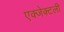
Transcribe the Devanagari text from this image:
एक्जेक्टली